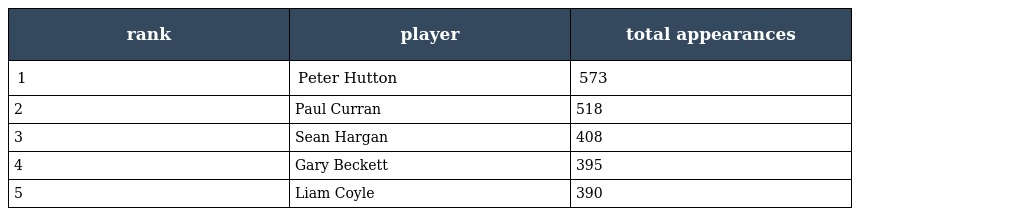
| rank | player | total appearances |
 | --- | --- | --- |
 | 1 | Peter Hutton | 573 |
 | 2 | Paul Curran | 518 |
 | 3 | Sean Hargan | 408 |
 | 4 | Gary Beckett | 395 |
 | 5 | Liam Coyle | 390 |